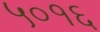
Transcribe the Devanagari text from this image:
५०१६